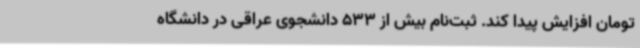
تومان افزایش پیدا کند. ثبت‌نام بیش از 533 دانشجوی عراقی در دانشگاه